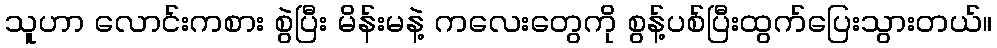
သူဟာ လောင်းကစား စွဲပြီး မိန်းမနဲ့ ကလေးတွေကို စွန့်ပစ်ပြီးထွက်ပြေးသွားတယ်။